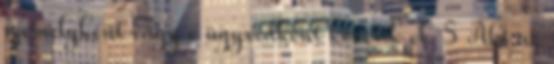
személyként vagy e ügyvédként követik el. 5 Aki az